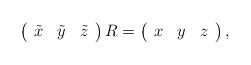
\begin{align*} \left( \begin{array}{ccc} \tilde{x} & \tilde{y} & \tilde{z}\end{array} \right) R= \left( \begin{array}{ccc} {x} & {y} & {z}\end{array} \right),\end{align*}